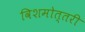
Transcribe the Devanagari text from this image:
विशमोत्तरी